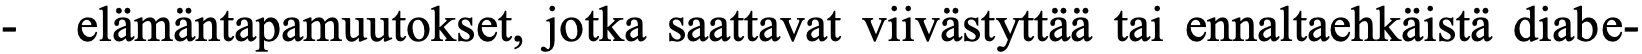
-  elämäntapamuutokset, jotka saattavat viivästyttää tai ennaltaehkäistä diabe-